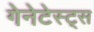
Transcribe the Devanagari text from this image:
गेनेटेस्ट्स